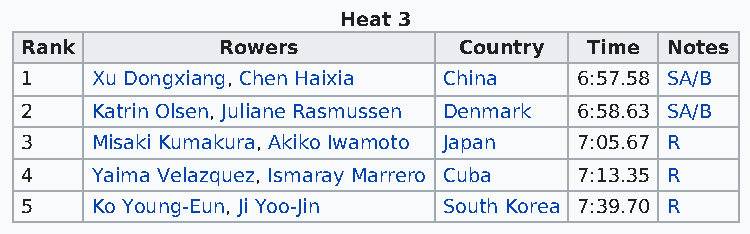
Heat 3
 Rank          Rowers         Country  Time Notes
 1    Xu Dongxiang, Chen Haixia China 6:57.58 SA/B
 2    Katrin Olsen, Juliane Rasmussen Denmark 6:58.63 SA/B
 3    Misaki Kumakura, Akiko Iwamoto Japan 7:05.67 R
 4    Yaima Velazquez, Ismaray Marrero Cuba 7:13.35 R
 5    Ko Young-Eun, Ji Yoo-Jin South Korea 7:39.70 R